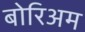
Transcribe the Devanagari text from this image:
बोरिअम